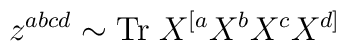
z^{abcd} \sim {\rm Tr}\;X^{[a} X^{b} X^c X^{d]}